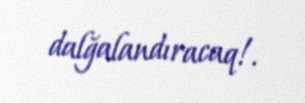
dalğalandıracaq!.